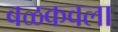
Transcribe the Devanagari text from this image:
बळकवला